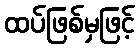
ထပ်ဖြစ်မှဖြင့်